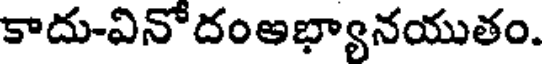
కాదు-వినోదంఅభ్యానయుతం.